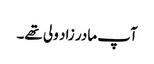
آپ مادر زاد ولی تھے۔